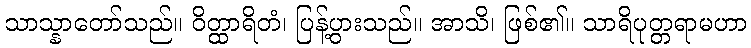
သာသ္နာတော်သည်။ ဝိတ္ထာရိတံ၊ ပြန့်ပွားသည်။ အာသိ၊ ဖြစ်၏။ သာရိပုတ္တရာမဟာ